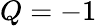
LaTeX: Q=-1